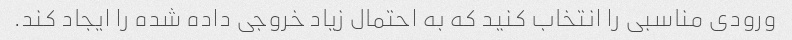
ورودی مناسبی را انتخاب کنید که به احتمال زیاد خروجی داده شده را ایجاد کند.